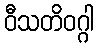
ဝီသတိဝဂ္ဂါ